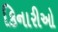
કિનારીઓ